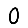
Digit: 0